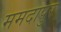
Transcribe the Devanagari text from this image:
ममदापुर